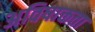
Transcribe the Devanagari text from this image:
अविषाक्तता